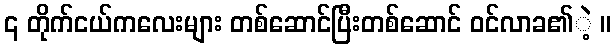
၎ တိုက်ငယ်ကလေးများ တစ်ဆောင်ပြီးတစ်ဆောင် ဝင်လာခ၏ဲ့ ။